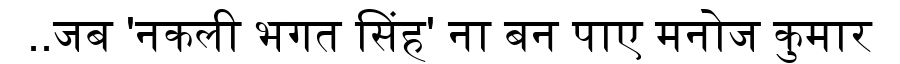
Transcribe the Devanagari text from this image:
..जब 'नकली भगत सिंह' ना बन पाए मनोज कुमार